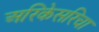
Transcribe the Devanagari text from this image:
अरिकेसरिचा